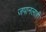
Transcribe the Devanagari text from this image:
जपानलाही